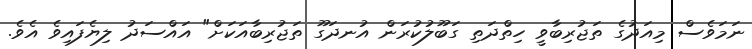
ނަމަވެސް މިއަދުގެ ތަޖުރިބާވީ ހިތްދަތި ގަބޫލުކުރަން އުނދަގޫ ތަޖުރިބާއަކަށް" އައްސަދު ލިޔެފައިވެ އެވެ.